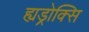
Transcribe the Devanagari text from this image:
ह्यड्रोक्सि